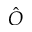
\hat { O }